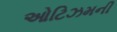
ઓટિઝમની